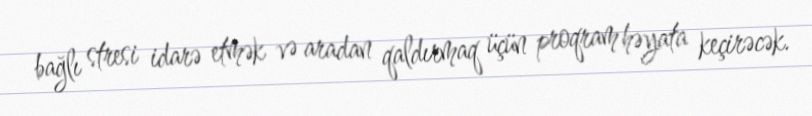
bağlı stresi idarə etmək və aradan qaldırmaq üçün proqram həyata keçirəcək.